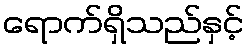
ရောက်ရှိသည်နှင့်